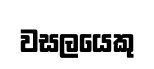
වසලයෙකු